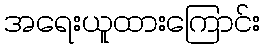
အရေးယူထားကြောင်း